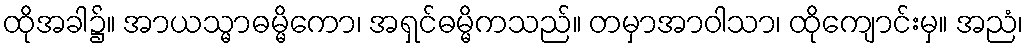
ထိုအခါ၌။ အာယသ္မာဓမ္မိကော၊ အရှင်ဓမ္မိကသည်။ တမှာအာဝါသာ၊ ထိုကျောင်းမှ။ အညံ၊